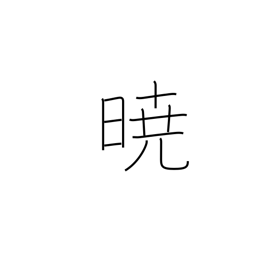
Meaning: in the event